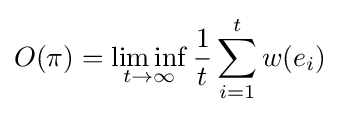
O(\pi )=\liminf _{t\to \infty }{\frac {1}{t}}\sum _{i=1}^{t}w(e_{i})